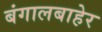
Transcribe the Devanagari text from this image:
बंगालबाहेर